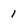
Character: 1